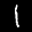
Label: 1